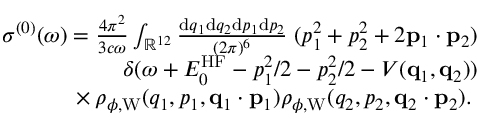
\begin{array} { r } { \sigma ^ { ( 0 ) } ( \omega ) = \frac { 4 \pi ^ { 2 } } { 3 c \omega } \int _ { \mathbb { R } ^ { 1 2 } } \frac { \ensuremath { \mathrm { d } } \b { q } _ { 1 } \ensuremath { \mathrm { d } } \b { q } _ { 2 } \ensuremath { \mathrm { d } } \b { p } _ { 1 } \ensuremath { \mathrm { d } } \b { p } _ { 2 } } { ( 2 \pi ) ^ { 6 } } \; ( p _ { 1 } ^ { 2 } + p _ { 2 } ^ { 2 } + 2 \ensuremath { \mathbf { p } } _ { 1 } \cdot \ensuremath { \mathbf { p } } _ { 2 } ) } \\ { \phantom \times \delta ( \omega + E _ { 0 } ^ { \mathrm { H F } } - p _ { 1 } ^ { 2 } / 2 - p _ { 2 } ^ { 2 } / 2 - V ( \ensuremath { \mathbf { q } } _ { 1 } , \ensuremath { \mathbf { q } } _ { 2 } ) ) } \\ { \phantom { x } \times \rho _ { \phi , \mathrm { W } } ( q _ { 1 } , p _ { 1 } , \ensuremath { \mathbf { q } } _ { 1 } \cdot \ensuremath { \mathbf { p } } _ { 1 } ) \rho _ { \phi , \mathrm { W } } ( q _ { 2 } , p _ { 2 } , \ensuremath { \mathbf { q } } _ { 2 } \cdot \ensuremath { \mathbf { p } } _ { 2 } ) . \; } \end{array}